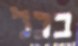
בכל